Annual report on the Civil Veterinary Department, Burma (including the Insein Veterinary School) - 1910-1922
Year: 1910
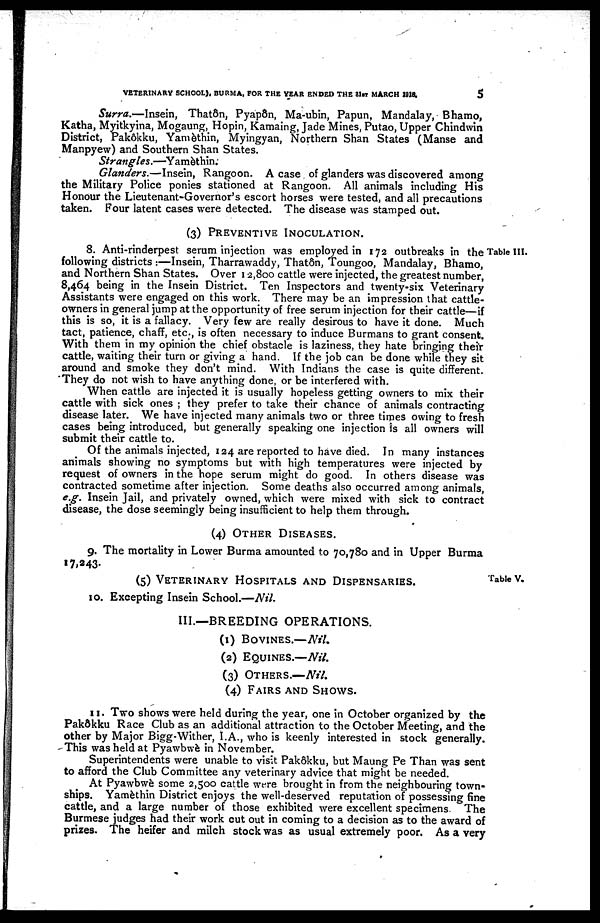
VETERINARY SCHOOL), BURMA, FOR THE YEAR ENDED THE 31ST MARCH
1918.
5
Surra.—Insein, Thatôn, Pyapôn, Ma-ubin, Papun, Mandalay, Bhamo,
Katha, Myitkyina, Mogaung, Hopin, Kamaing, Jade Mines, Putao, Upper Chindwin
District, Pakôkku, Yamèthin, Myingyan, Northern Shan States (Manse and
Manpyew) and Southern Shan States.
Strangles.—Yamèthin.
Glanders.—Insein, Rangoon. A case of glanders was discovered among
the Military Police ponies stationed at Rangoon. All animals including His
Honour the Lieutenant-Governor's escort horses were tested, and all precautions
taken. Four latent cases were detected. The disease was stamped out.
(3) PREVENTIVE INOCULATION.
Table III.
8. Anti-rinderpest serum injection was employed in 172 outbreaks in the
following districts:—Insein, Tharrawaddy, Thatôn, Toungoo, Mandalay, Bhamo,
and Northern Shan States. Over 12,800 cattle were injected, the greatest number,
8,464 being in the Insein District. Ten Inspectors and twenty-six Veterinary
Assistants were engaged on this work. There may be an impression that cattle-
owners in general jump at the opportunity of free serum injection for their cattle—if
this is so, it is a fallacy. Very few are really desirous to have it done. Much
tact, patience, chaff, etc, is often necessary to induce Burmans to grant consent.
With them in my opinion the chief obstacle is laziness, they hate bringing their
cattle, waiting their turn or giving a hand. If the job can be done while they sit
around and smoke they don't mind. With Indians the case is quite different.
They do not wish to have anything done, or be interfered with.
When cattle are injected it is usually hopeless getting owners to mix their
cattle with sick ones; they prefer to take their chance of animals contracting
disease later. We have injected many animals two or three times owing to fresh
cases being introduced, but generally speaking one injection is all owners will
submit their cattle to.
Of the animals injected, 124 are reported to have died. In many instances
animals showing no symptoms but with high temperatures were injected by
request of owners in the hope serum might do good. In others disease was
contracted sometime after injection. Some deaths also occurred among animals,
e.g. Insein Jail, and privately owned, which were mixed with sick to contract
disease, the dose seemingly being insufficient to help them through.
(4) OTHER DISEASES.
9. The mortality in Lower Burma amounted to 70,780 and in Upper Burma
17,243.
Table V.
(5) VETERINARY HOSPITALS AND DISPENSARIES.
10. Excepting Insein School.—Nil.
III.—BREEDING OPERATIONS.
(1) BOVINES.—Nil.
(2) EQUINES.— Nil.
(3) OTHER.—Nil.
(4) FAIRS AND SHOWS.
11. Two shows were held during the year, one in October organized by the
Pakôkku Race Club as an additional attraction to the October Meeting, and the
other by Major Bigg-Wither, I.A., who is keenly interested in stock generally.
This was held at Pyawbwè in November.
Superintendents were unable to visit Pakôkku, but Maung Pe Than was sent
to afford the Club Committee any veterinary advice that might be needed.
At Pyawbwè some 2,500 cattle were brought in from the neighbouring town-
ships. Yamèthin District enjoys the well-deserved reputation of possessing fine
cattle, and a large number of those exhibited were excellent specimens. The
Burmese judges had their work cut out in coming to a decision as to the award of
prizes. The heifer and milch stock was as usual extremely poor. As a very